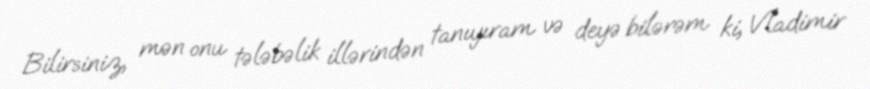
Bilirsiniz, mən onu tələbəlik illərindən tanıyıram və deyə bilərəm ki, Vladimir